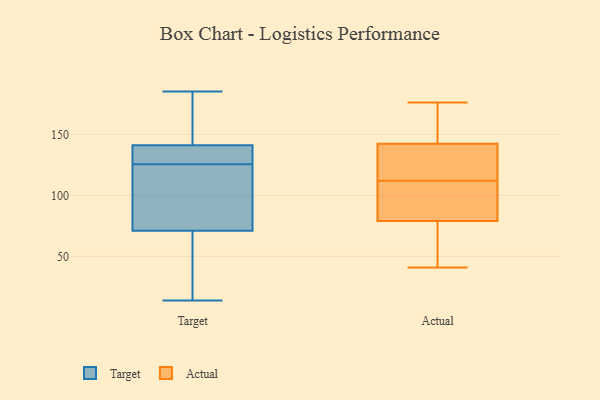
{"axis": {"x": "Website Visitors", "y": "Value"}, "legend": ["Actual", "Target"], "data": [{"x": "", "y": 60, "type": "Target"}, {"x": "", "y": 93, "type": "Target"}, {"x": "", "y": 71, "type": "Target"}, {"x": "", "y": 177, "type": "Target"}, {"x": "", "y": 141, "type": "Target"}, {"x": "", "y": 152, "type": "Target"}, {"x": "", "y": 128, "type": "Target"}, {"x": "", "y": 134, "type": "Target"}, {"x": "", "y": 52, "type": "Target"}, {"x": "", "y": 185, "type": "Target"}, {"x": "", "y": 123, "type": "Target"}, {"x": "", "y": 82, "type": "Target"}, {"x": "", "y": 14, "type": "Target"}, {"x": "", "y": 131, "type": "Target"}, {"x": "", "y": 110, "type": "Actual"}, {"x": "", "y": 123, "type": "Actual"}, {"x": "", "y": 131, "type": "Actual"}, {"x": "", "y": 83, "type": "Actual"}, {"x": "", "y": 99, "type": "Actual"}, {"x": "", "y": 171, "type": "Actual"}, {"x": "", "y": 141, "type": "Actual"}, {"x": "", "y": 146, "type": "Actual"}, {"x": "", "y": 41, "type": "Actual"}, {"x": "", "y": 173, "type": "Actual"}, {"x": "", "y": 94, "type": "Actual"}, {"x": "", "y": 112, "type": "Actual"}, {"x": "", "y": 67, "type": "Actual"}, {"x": "", "y": 56, "type": "Actual"}, {"x": "", "y": 176, "type": "Actual"}, {"x": "", "y": 65, "type": "Actual"}, {"x": "", "y": 135, "type": "Actual"}]}